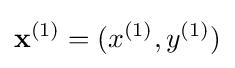
\mathbf {x} ^{(1)}=(x^{(1)},y^{(1)})